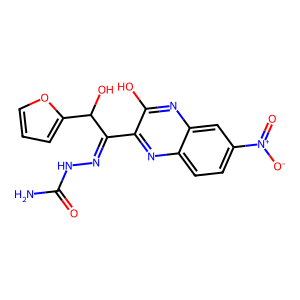
SMILES: NC(=O)NN=C(c1nc2ccc([N+](=O)[O-])cc2nc1O)C(O)c1ccco1
Inhibits HIV replication: No